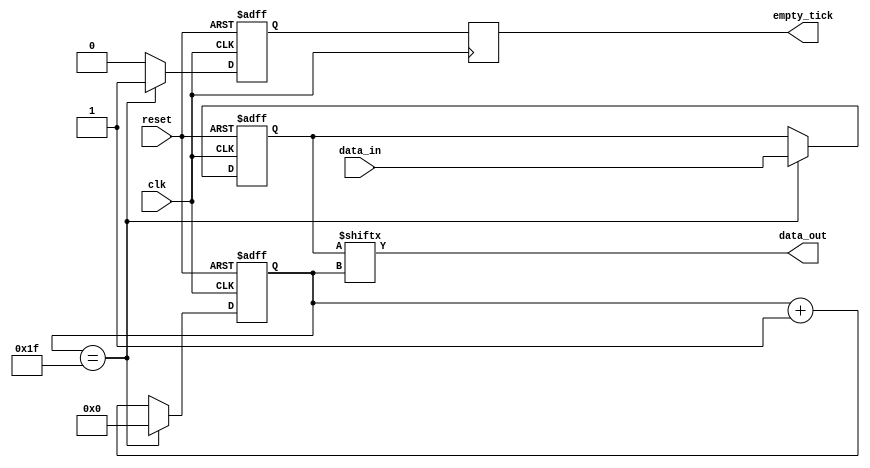
`timescale 1ns / 1ps
//////////////////////////////////////////////////////////////////////////////////
// Company: 
// Engineer: 
// 
// Design Name: 
// Module Name: par_ser
// Project Name: 
// Target Devices: 
// Tool Versions: 
// Description: 
// 
// Dependencies: 
// 
// Revision:
// Revision 0.01 - File Created
// Additional Comments:
// 
//////////////////////////////////////////////////////////////////////////////////


module par_ser
#(  
    parameter N = 32
)
(
    input wire clk, reset,
    input wire [ N-1:0] data_in, // parallel data
    output reg empty_tick, // for external control
    output reg data_out  // serial data
);

reg [N-1:0] data_reg, data_next;
reg [N-1:0] count_reg, count_next;
reg empty_reg, empty_next;

// conversion completed and ready for next data in register
always @(posedge clk)
    empty_tick = empty_reg;

// save initial and next value in register
always @(posedge clk, posedge reset) begin
    if(reset) begin
        count_reg <= 0;
        empty_reg <= 1;
        data_reg <= 0;
    end
    else begin
        count_reg <= count_next;
        empty_reg <= empty_next;
        data_reg <= data_next;
    end
end

always @* begin
    count_next = count_reg;
    empty_next = empty_reg;
    data_next = data_reg;
    // parallel_to_serial data
    data_out = data_reg[count_reg];
    
    // coversion completed , load the next data
    if (count_reg == N-1) begin
        count_next = 0;  // restart count
        empty_next = 1; 
        data_next = data_in;  // load next data
        
    end
    else begin // else continue counting
        count_next = count_reg + 1;
        empty_next = 0;
    end
end

endmodule